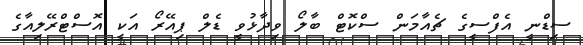
ސިޑްނީ އެފްސީގެ ޗެއާމަން ސްކޮޓް ބާލޯ ވިދާޅުވީ ޑެލް ޕިއޭރޯ އަކީ އޮސްޓްރޭލިއާގެ